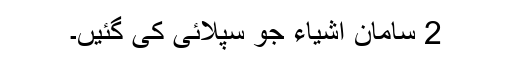
2 سامان اشیاء جو سپلائی کی گئیں۔